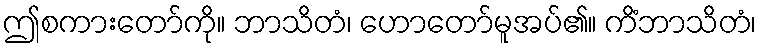
ဤစကားတော်ကို။ ဘာသိတံ၊ ဟောတော်မူအပ်၏။ ကိံဘာသိတံ၊